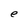
Character: e